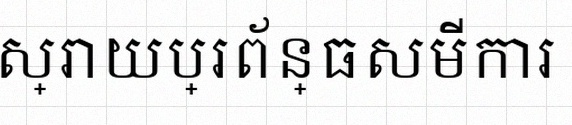
ដោះស្រាយប្រព័ន្ធសមីការ